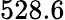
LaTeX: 528.6